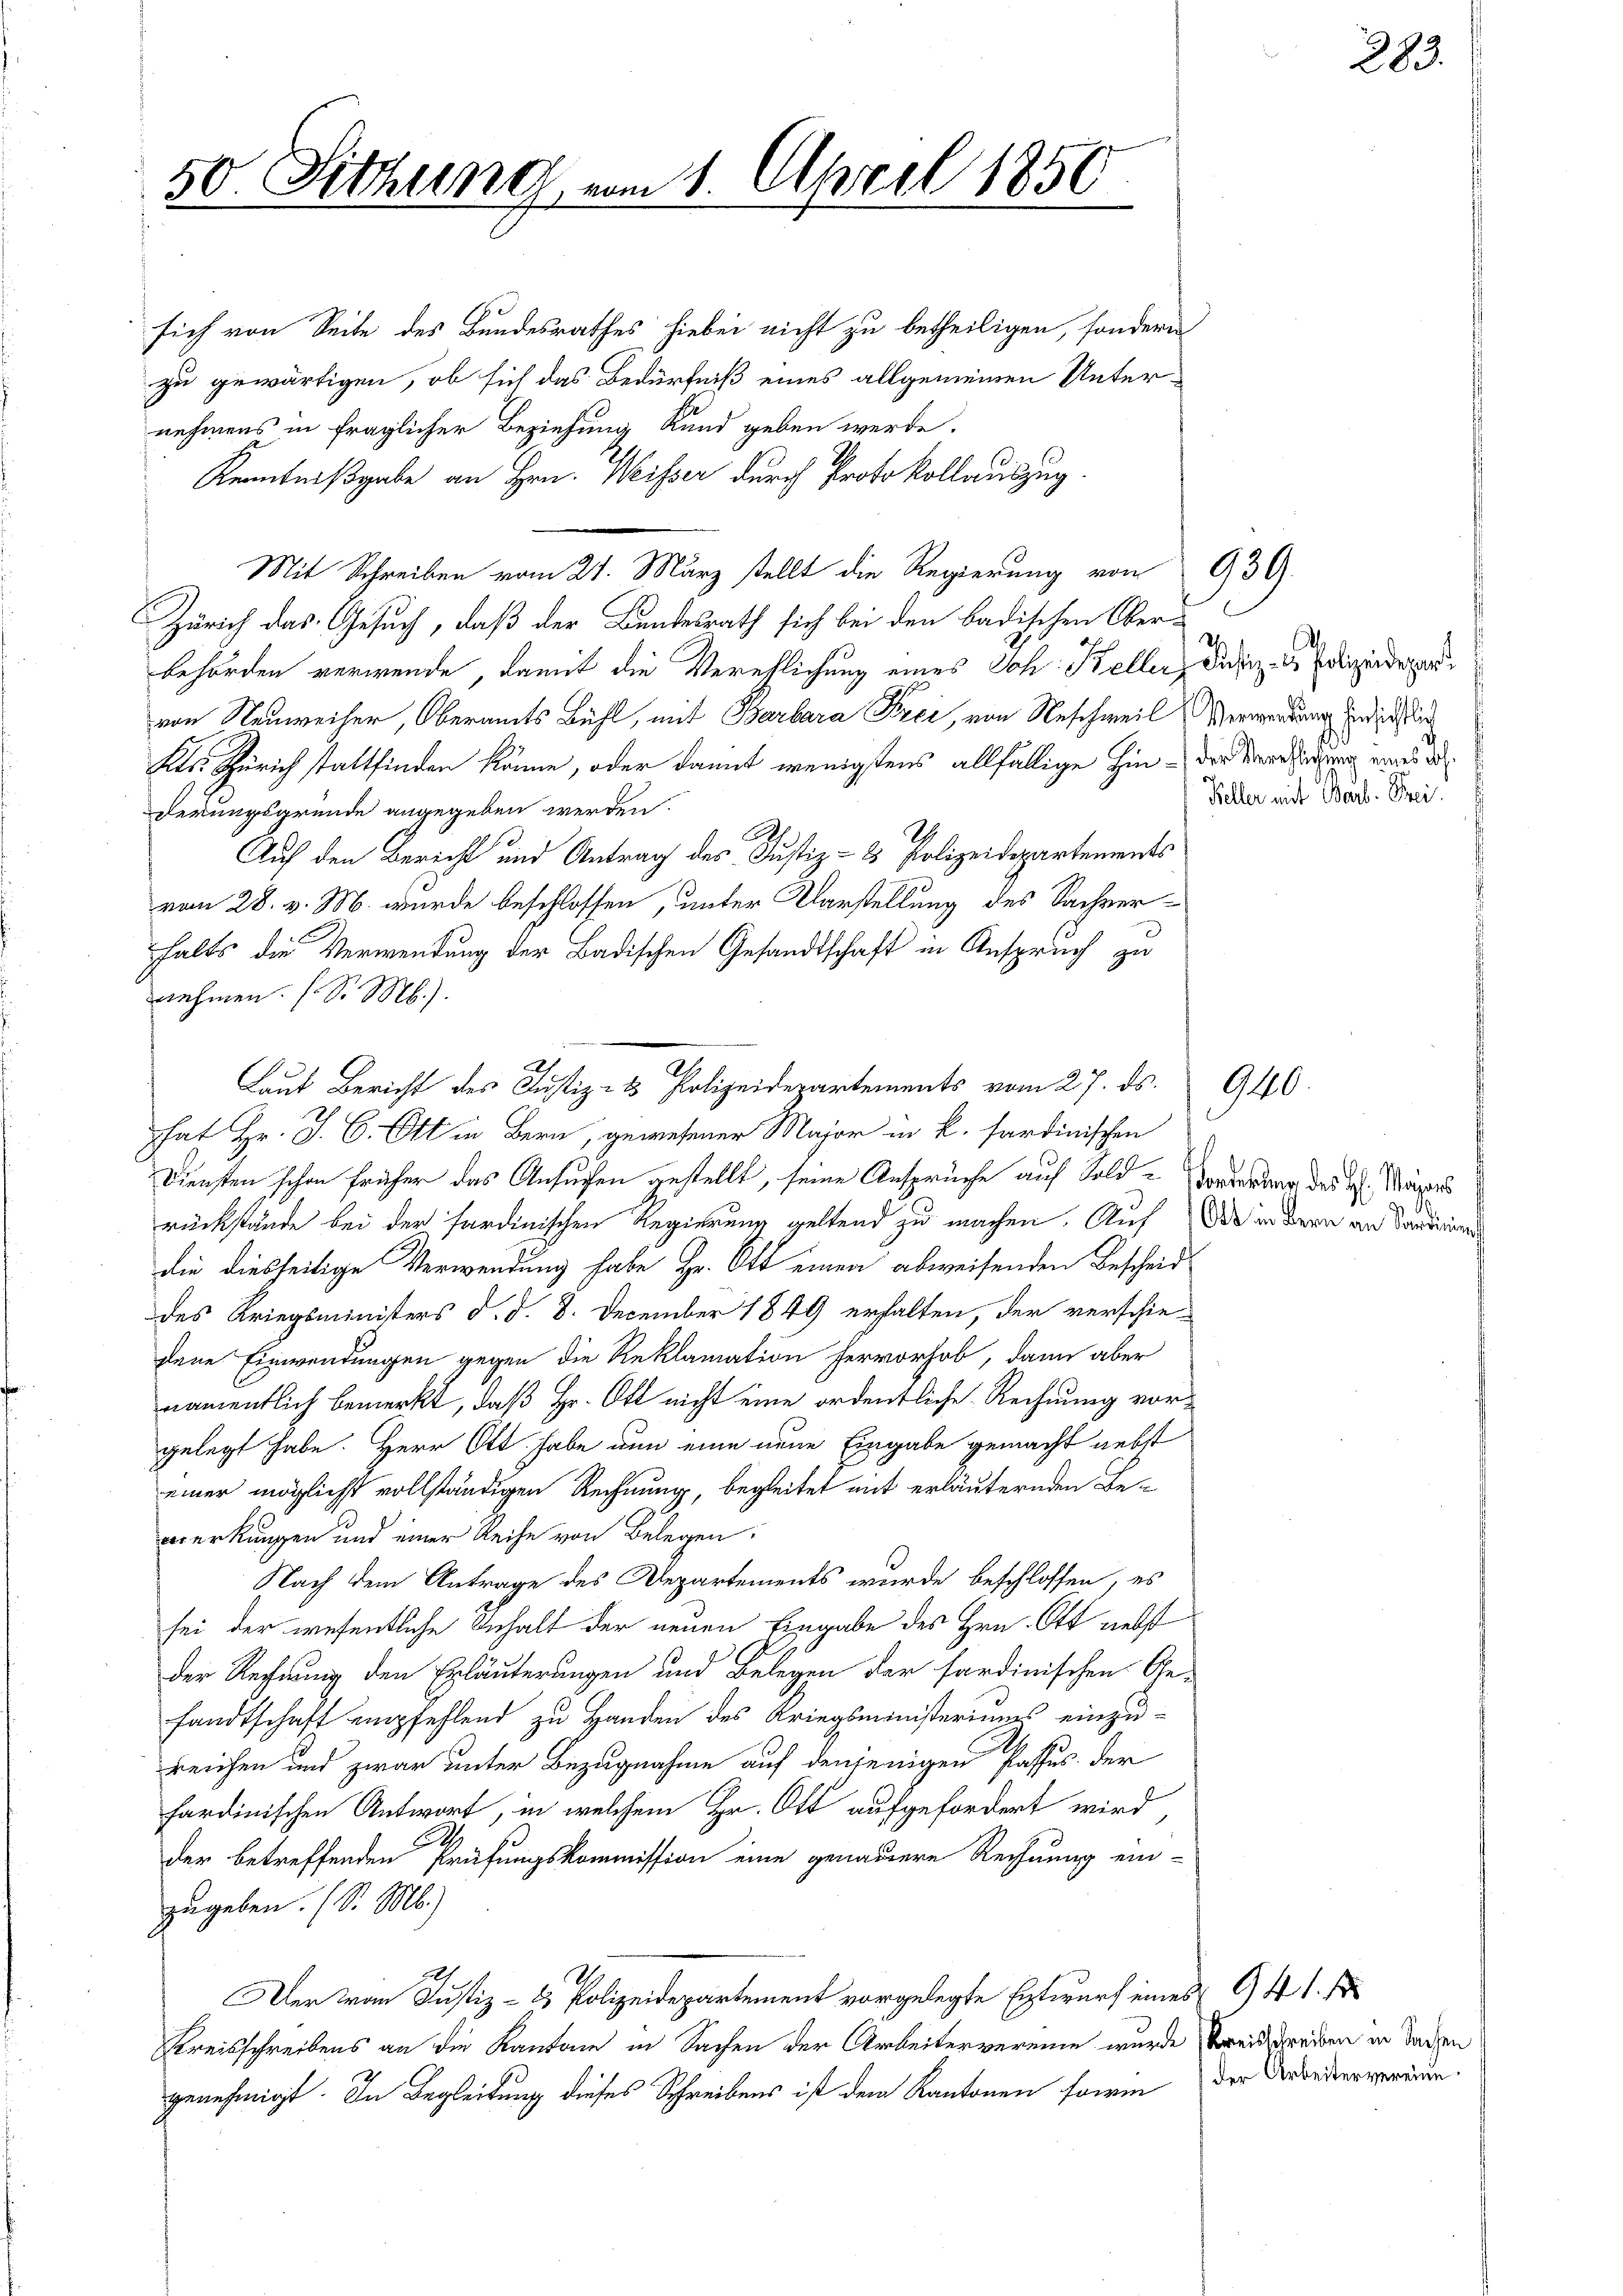
50. Sitzung vom 1. April 1850

sich von Seite des Bundesrathes hiebei nicht zu betheiligen, sondern
zu gewärtigen, ob sich das Bedürfniß eines allgemeinen Unternehmens in fraglicher Beziehung Kund geben werde.
Kenntnißgabe an Hrn. Weisser durch Protokollauszug
Mit Schreiben vom 21. März stellt die Regierung von 939.
Zürich das Gesuch, daß der Bundesrath sich bei den badischen Ver-
behörden verwende, damit die Verehlichung eines Joh. Keller, Distiz- & Polizeider
von Neuweiser, Oberamts Bühl, mit Barbara Frei, von Neschweil (Verwendung und ich in
Kts. Zürich stattfinden könne, oder damit wenigstens allfällige Hin-die Verfügung eines de
derungsgründe angegeben werden.
Auf den Bericht und Antrag des Justiz- & Polizeidepartements
vom 28. v. M. wurde beschlossen, unter Vorstellung des Sachverhalts die Verwendung der Badischen Gesandtschaft in Anspruch zu
nehmen. F. S. M.).
hat Hr. J. C. Ott in Bern, gewesener Major in k. sardinischen
Diensten schon früher das Ansuchen gestellt, seine Ansprüche auf Sold- Vorderung des H. Magers
rückstände bei der sardinischen Regierung geltend zu machen. Auf die in dere an Sonderen
die diesseitige Verwendung habe Hr. Ott einen abweisenden Bescheid
des Kriegsministers d. d. 8. December 1849 erhalten, der verschie-
dene Einwendungen gegen die Reklamation hervorhob, dann aber
namentlich bemerkt, daß Hr. Ott nicht eine ordentliche Rechnung vorgelegt habe. Herr Ott habe nun eine neue Eingabe gemacht nebst
einer möglichst vollständigen Rechnung, begleitet mit erläuternden Beocerkungen und einer Reihe von Belegen:
Nach dem Antrage des Departements wurde beschlossen, es
sei der wesentliche Inhalt der neuen Eingabe des Hrn. Ott nebst
der Rechnung den Erläuterungen und Belegen der sardinischen Ge-
sandtschaft empfehlend zu Handen des Kriegsministeriums einzu-
reichen und zwar unter Bezugnahme auf denjenigen Passus der
sardinischen Antwort, in welchem Hr. Ott aufgefordert wird
.
der betreffenden Prüfungskommission eine genauere Rechnung ein-
zugeben. (S. M.)
Der von Justiz- & Polizeidepartement vorgelegte Entwurf eines 941.
Kreisschreibens an die Kantone in Sachen der Arbeitervereine wurde Vereitsreiben in Baden
genehmigt. In Begleitung dieses Schreibens ist dem Kantonen form der Friederverden.

Laut Bericht des Justiz- & Polizeidepartements vom 27. ds.

Keller mit Barb. Prei

9440.

283.